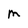
Character: M